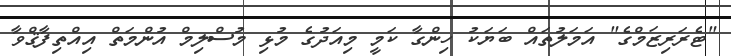
"ޓެރަރިޒަމްގެ" އަމަލުތައް ބަޔަކު ހިންގާ ކަމީ މިއަދުގެ މުޅި މުސްލިމް އުންމަތް އިއްތިފާޤްވާ